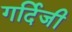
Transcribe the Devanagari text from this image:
गर्दिजी